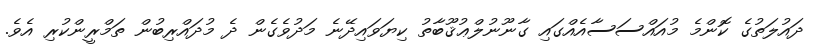
ދައުލަތުގެ ކޮންމެ މުއައްސަސާއެއްގައި ގާނޫނުލްޢުޤޫބާތު ކިޔަވައިދޭނެ މަދުވެގެން ދެ މުދައްރިބުން ތަމްރީންކުރި އެވެ.